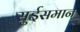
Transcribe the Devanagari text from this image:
सुईसमान